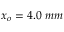
x _ { o } = 4 . 0 \ m m